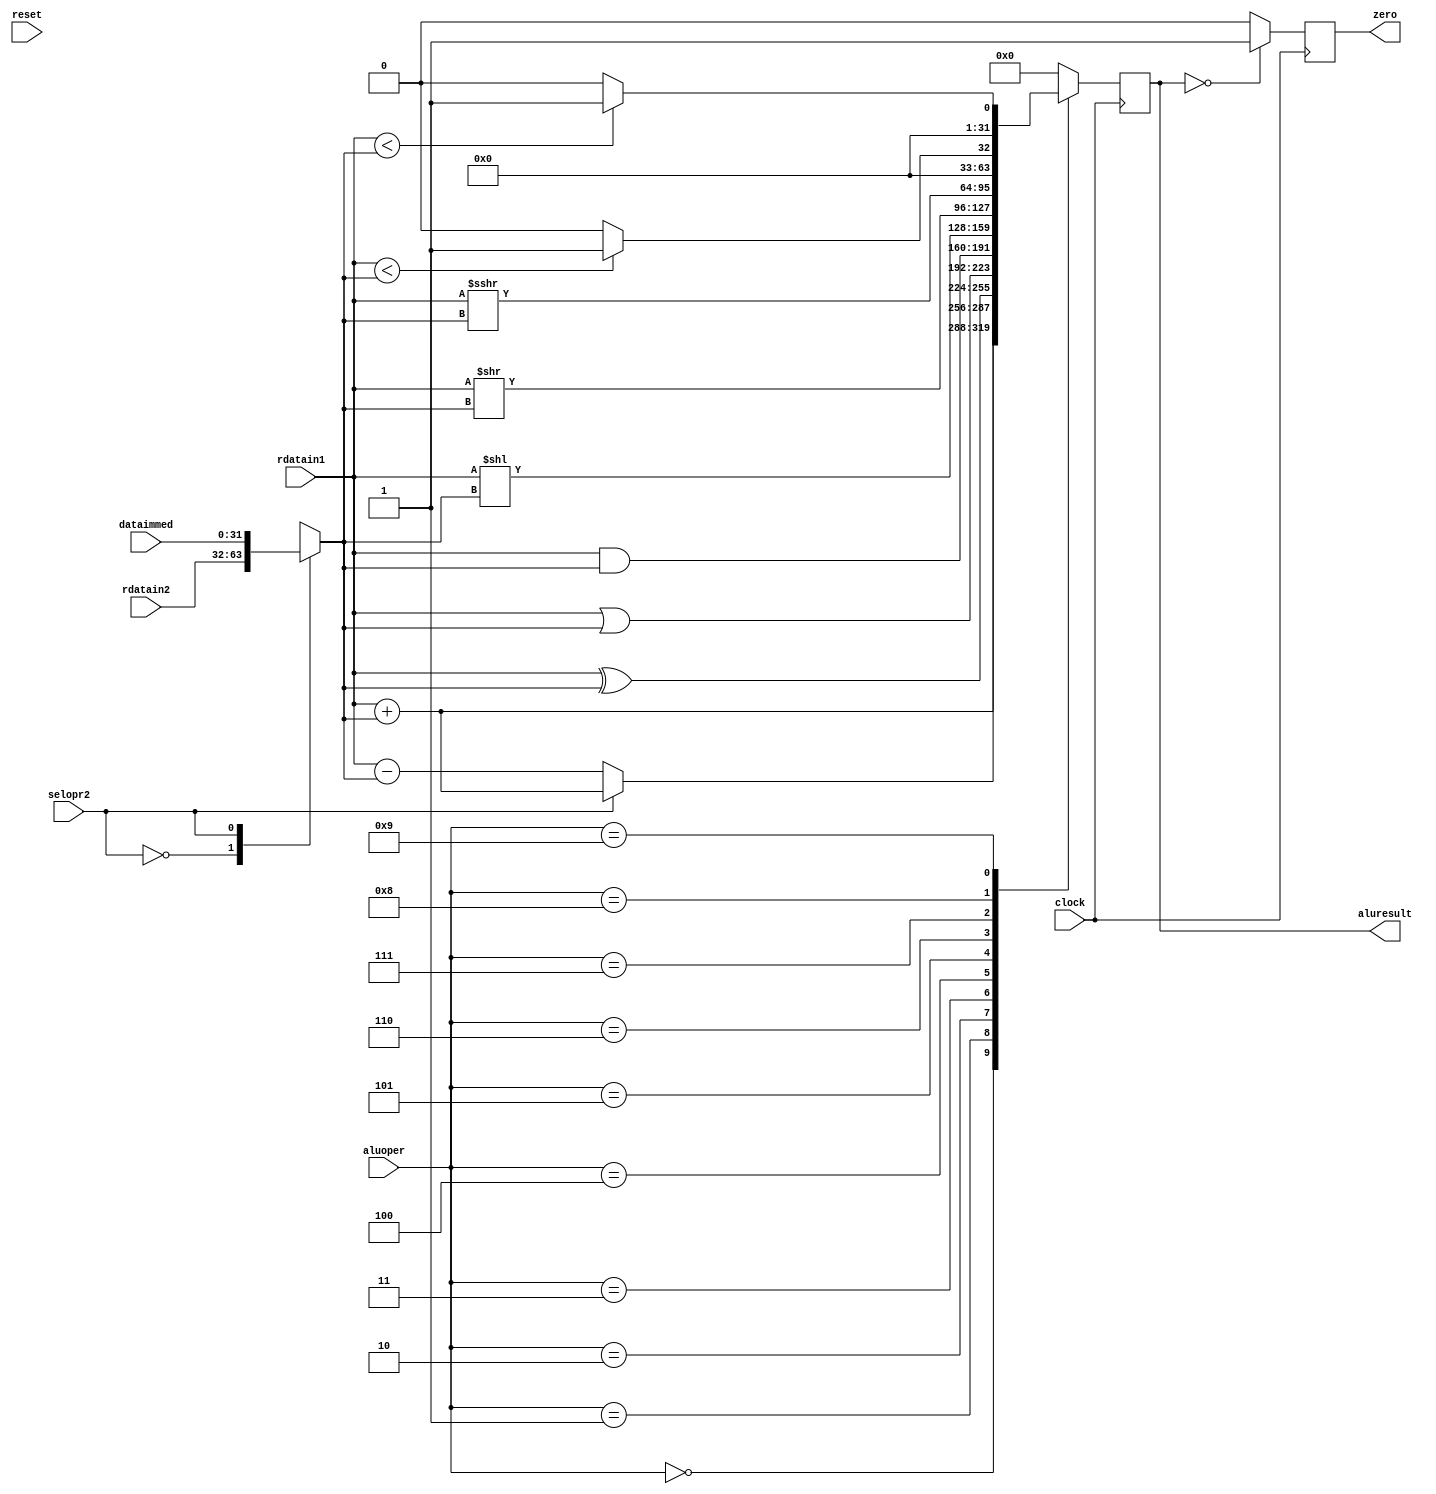
module alu(
	input reset,
	input clock,
	
	input [31:0] rdatain1,
	input [31:0] rdatain2,
	
	input [31:0] dataimmed,
	
	input       selopr2,
	input [3:0] aluoper,
	
	output reg [31:0] aluresult,
	output reg        zero
	);
	
reg [31:0] datain2;
	
always @(posedge clock)
begin
	
	if(reset)
	begin
		zero <= 0;
		aluresult <= 32'b0;
	end
	
	case(selopr2)
		0 : datain2 = rdatain2;
		
		1 : datain2 = dataimmed;
		
		default : datain2 = rdatain2;	
	endcase
	
	case( aluoper[3:0] )
	
		4'b0000 : aluresult <= rdatain1 + datain2;
		
		4'b0001 : begin
						if(selopr2 == 1)
							aluresult <= rdatain1 + datain2;
						else aluresult <= rdatain1 - datain2;
					 end
		
		4'b0010 : aluresult <= rdatain1 ^ datain2;
		
		4'b0011 : aluresult <= rdatain1 | datain2;
		
		4'b0100 : aluresult <= rdatain1 & datain2;
		
		4'b0101 : aluresult <= rdatain1 << datain2;
		
		4'b0110 : aluresult <= rdatain1 >> datain2;
		
		4'b0111 : aluresult <= $signed(rdatain1) >>> datain2;
		
		4'b1000 : begin
					if($signed(rdatain1) < $signed(datain2))
						aluresult <= 32'b000000000000000000000000000000001;
					else
						aluresult <= 32'b0;
				  end

		4'b1001 : begin
					if(rdatain1 < datain2)
						aluresult <= 32'b000000000000000000000000000000001;
					else
						aluresult <= 32'b0;
				  end
		
		default : aluresult <= 32'b0;
	endcase
	
	if(aluresult == 32'b0)// 0-flag detector
		zero = 1;
	else 
		zero = 0;
end

endmodule